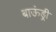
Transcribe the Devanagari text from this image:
बाऊंड्री